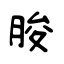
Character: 朘